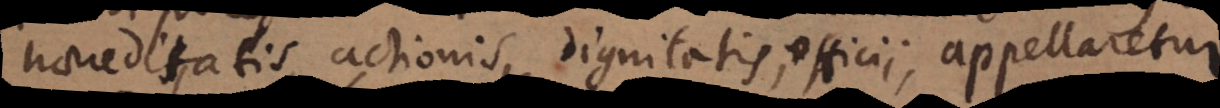
haereditatis, actionis, dignitatis, officii, appellaretur